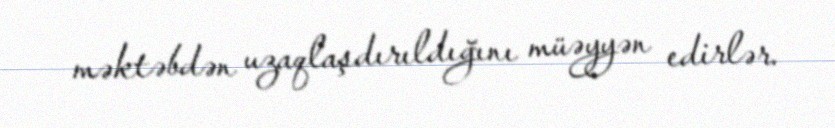
məktəbdən uzaqlaşdırıldığını müəyyən edirlər.